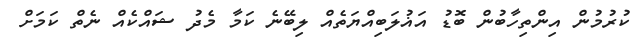
ކުރުމުން އިންތިހާބުން ބޮޑު އަޣުލަބިއްޔަތެއް ލިބޭނެ ކަމާ މެދު ޝައްކެއް ނެތް ކަމަށް